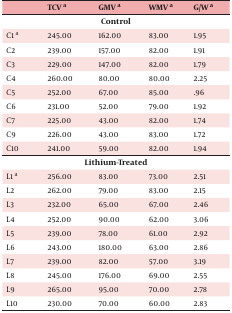
<table><thead><tr><td><b> </b></td><td><b>TCV <sup>a</sup></b></td><td><b>GMV <sup>a</sup></b></td><td><b>WMV <sup>a</sup></b></td><td><b>G/W <sup>a</sup></b></td></tr></thead><tbody><tr><td colspan="5"><b>Control</b></td></tr><tr><td>C1 <sup>a</sup></td><td>245.00</td><td>162.00</td><td>83.00</td><td>1.95</td></tr><tr><td>C2</td><td>239.00</td><td>157.00</td><td>82.00</td><td>1.91</td></tr><tr><td>C3</td><td>229.00</td><td>147.00</td><td>82.00</td><td>1.79</td></tr><tr><td>C4</td><td>260.00</td><td>80.00</td><td>80.00</td><td>2.25</td></tr><tr><td>C5</td><td>252.00</td><td>67.00</td><td>85.00</td><td>.96</td></tr><tr><td>C6</td><td>231.00</td><td>52.00</td><td>79.00</td><td>1.92</td></tr><tr><td>C7</td><td>225.00</td><td>43.00</td><td>82.00</td><td>1.74</td></tr><tr><td>C9</td><td>226.00</td><td>43.00</td><td>83.00</td><td>1.72</td></tr><tr><td>C10</td><td>241.00</td><td>59.00</td><td>82.00</td><td>1.94</td></tr><tr><td colspan="5"><b>Lithium-Treated</b></td></tr><tr><td>L1 <sup>a</sup></td><td>256.00</td><td>83.00</td><td>73.00</td><td>2.51</td></tr><tr><td>L2</td><td>262.00</td><td>79.00</td><td>83.00</td><td>2.15</td></tr><tr><td>L3</td><td>232.00</td><td>65.00</td><td>67.00</td><td>2.46</td></tr><tr><td>L4</td><td>252.00</td><td>90.00</td><td>62.00</td><td>3.06</td></tr><tr><td>L5</td><td>239.00</td><td>78.00</td><td>61.00</td><td>2.92</td></tr><tr><td>L6</td><td>243.00</td><td>180.00</td><td>63.00</td><td>2.86</td></tr><tr><td>L7</td><td>239.00</td><td>82.00</td><td>57.00</td><td>3.19</td></tr><tr><td>L8</td><td>245.00</td><td>176.00</td><td>69.00</td><td>2.55</td></tr><tr><td>L9</td><td>265.00</td><td>95.00</td><td>70.00</td><td>2.78</td></tr><tr><td>L10</td><td>230.00</td><td>70.00</td><td>60.00</td><td>2.83</td></tr></tbody></table>